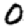
Digit: 0